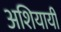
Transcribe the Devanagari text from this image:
अशियायी